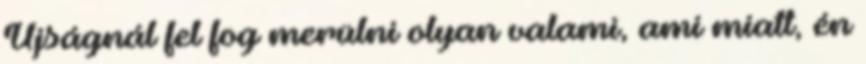
Újságnál fel fog merülni olyan valami, ami miatt, én